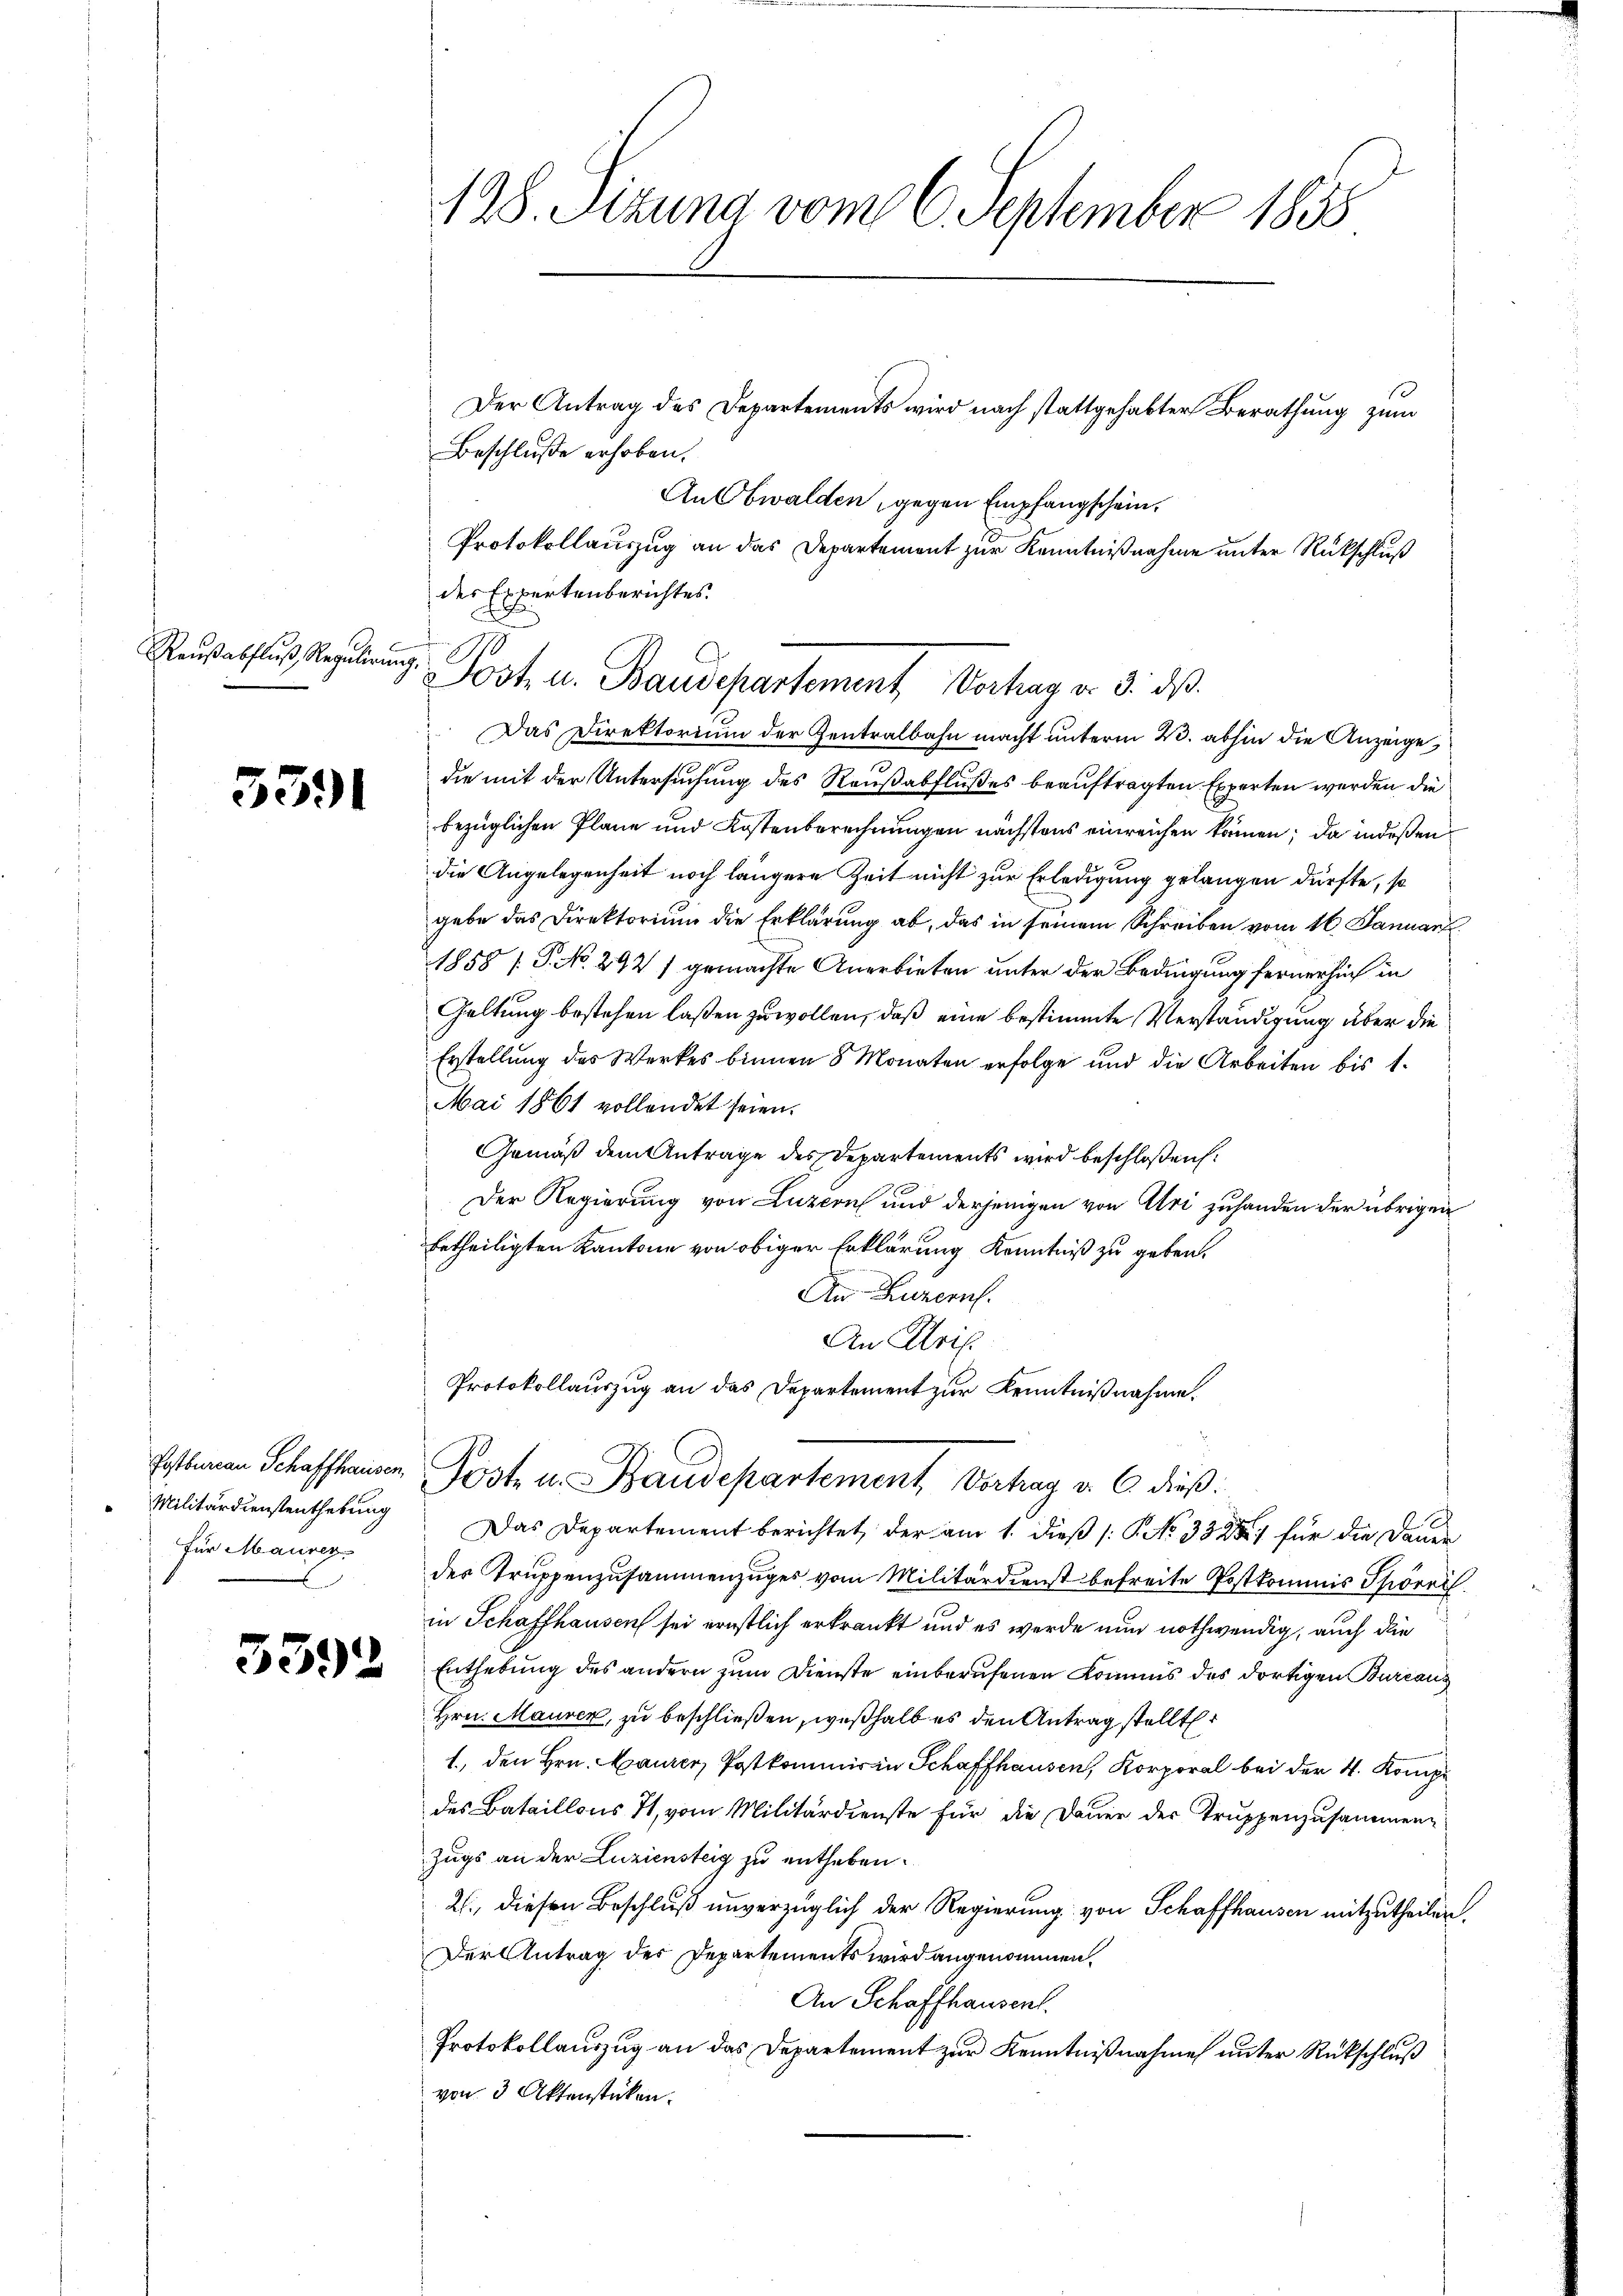
Raŭβabfluß, Regulirung

5391

Militärdienstenthebung
für Maurer-

3392

188. Sizung vom 6. September 1855

Beschluße erhoben.
Anlbwalden, gegen Empfangschein,
Protokollauszug an das Departement zur Kenntnißnahme unter Rückschluß
des Expertenberichtes.
Das Direktorium der Zentralbahn macht unterm 23. abhin die Anzeige,
die mit der Untersuchung des Raußabflußes beauftragten Experten werden die
bezüglichen Plane und Kostenberechnungen nächstens einreichen können; da indeßen
x
die Angelegenheit noch längere Zeit nicht zur Erledigung gelangen dürfte, so
gebe das Direktorium die Erklärung ab, das in seinem Schreiben vom 16. Januar
1858 [S. No. 292 / gemachte Anerbieten unter der Bedingung ferner sich in
Galtung bestehen laßen zu wollen, daß eine bestimmte Verständigung über die
Erstellung des Werkes binnen 8 Monaten erfolge und die Arbeiten bis 1.
Mai 1861 vollendet seien.
Gemäß dem Antrage des Departements wird beschloßen:
Der Regierung von Luzern und derjenigen von Uri zuhanden der übrigen
betheiligten Kantone von obiger Erklärung Kenntniß zu geben.
An Luzern.
An Krif.
Protokollauszug an das Departement zur Kenntnißnahme.

Der Antrag des Departements wird nach stattgehabter Berathung zum

Jost u. Baudepartement Verhag v. 3. ds.

Ersten Schaffhausen Poste u. Baudepartement Verhag v. 6. dieß:

Das Departement berichtet, der am 1. dieß (: P. No 33 287 für die Dauer
des Truppenzusammenzuges vom Militärdienst befreite Postkommis Phörri
in Schaffhausen sei ernstlich erkrankt und es werde nun nothwendig, auch die
Enthebung des andern zum Dienste einberufenen Kommis des dortigen Bureaus
Hrn. Maurer, zu beschließen, weßhalb es den Antrag stellt
1., den Hrn. Laurer, Postkommirin Schaffhausen, Korporal bei der 4. Kompe
des Bataillons 71, vom Militärdienste für die Dauer der Truppenzusammenzugs an der Luziensteig zu entheben.
2., diesen Beschluß unverzüglich der Regierung von Schaffhausen mitzutheilen.
Der Antrag des Departements wird angenommen.
An Schaffhausent.
Protokollauszug an das Departement zur Kenntnißnahme unter Rückschluß
von 3 Aktenstücken.